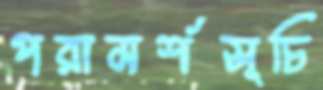
পরামর্শসূচি